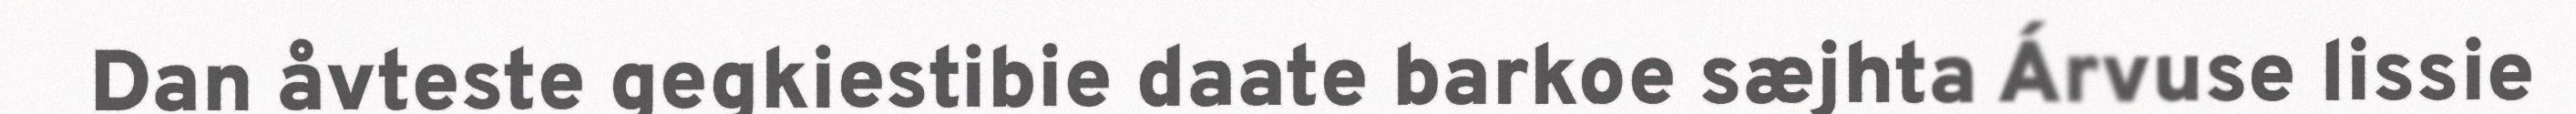
Dan åvteste gegkiestibie daate barkoe sæjhta Árvuse lissie